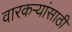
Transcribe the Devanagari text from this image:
वारकऱ्यांसाठी